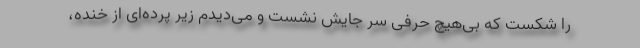
را شکست که بی‌هیچ حرفی سر جایش نشست و می‌دیدم زیر پرده‌ای از خنده،